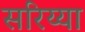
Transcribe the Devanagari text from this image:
सरिय्या